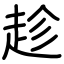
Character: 趁